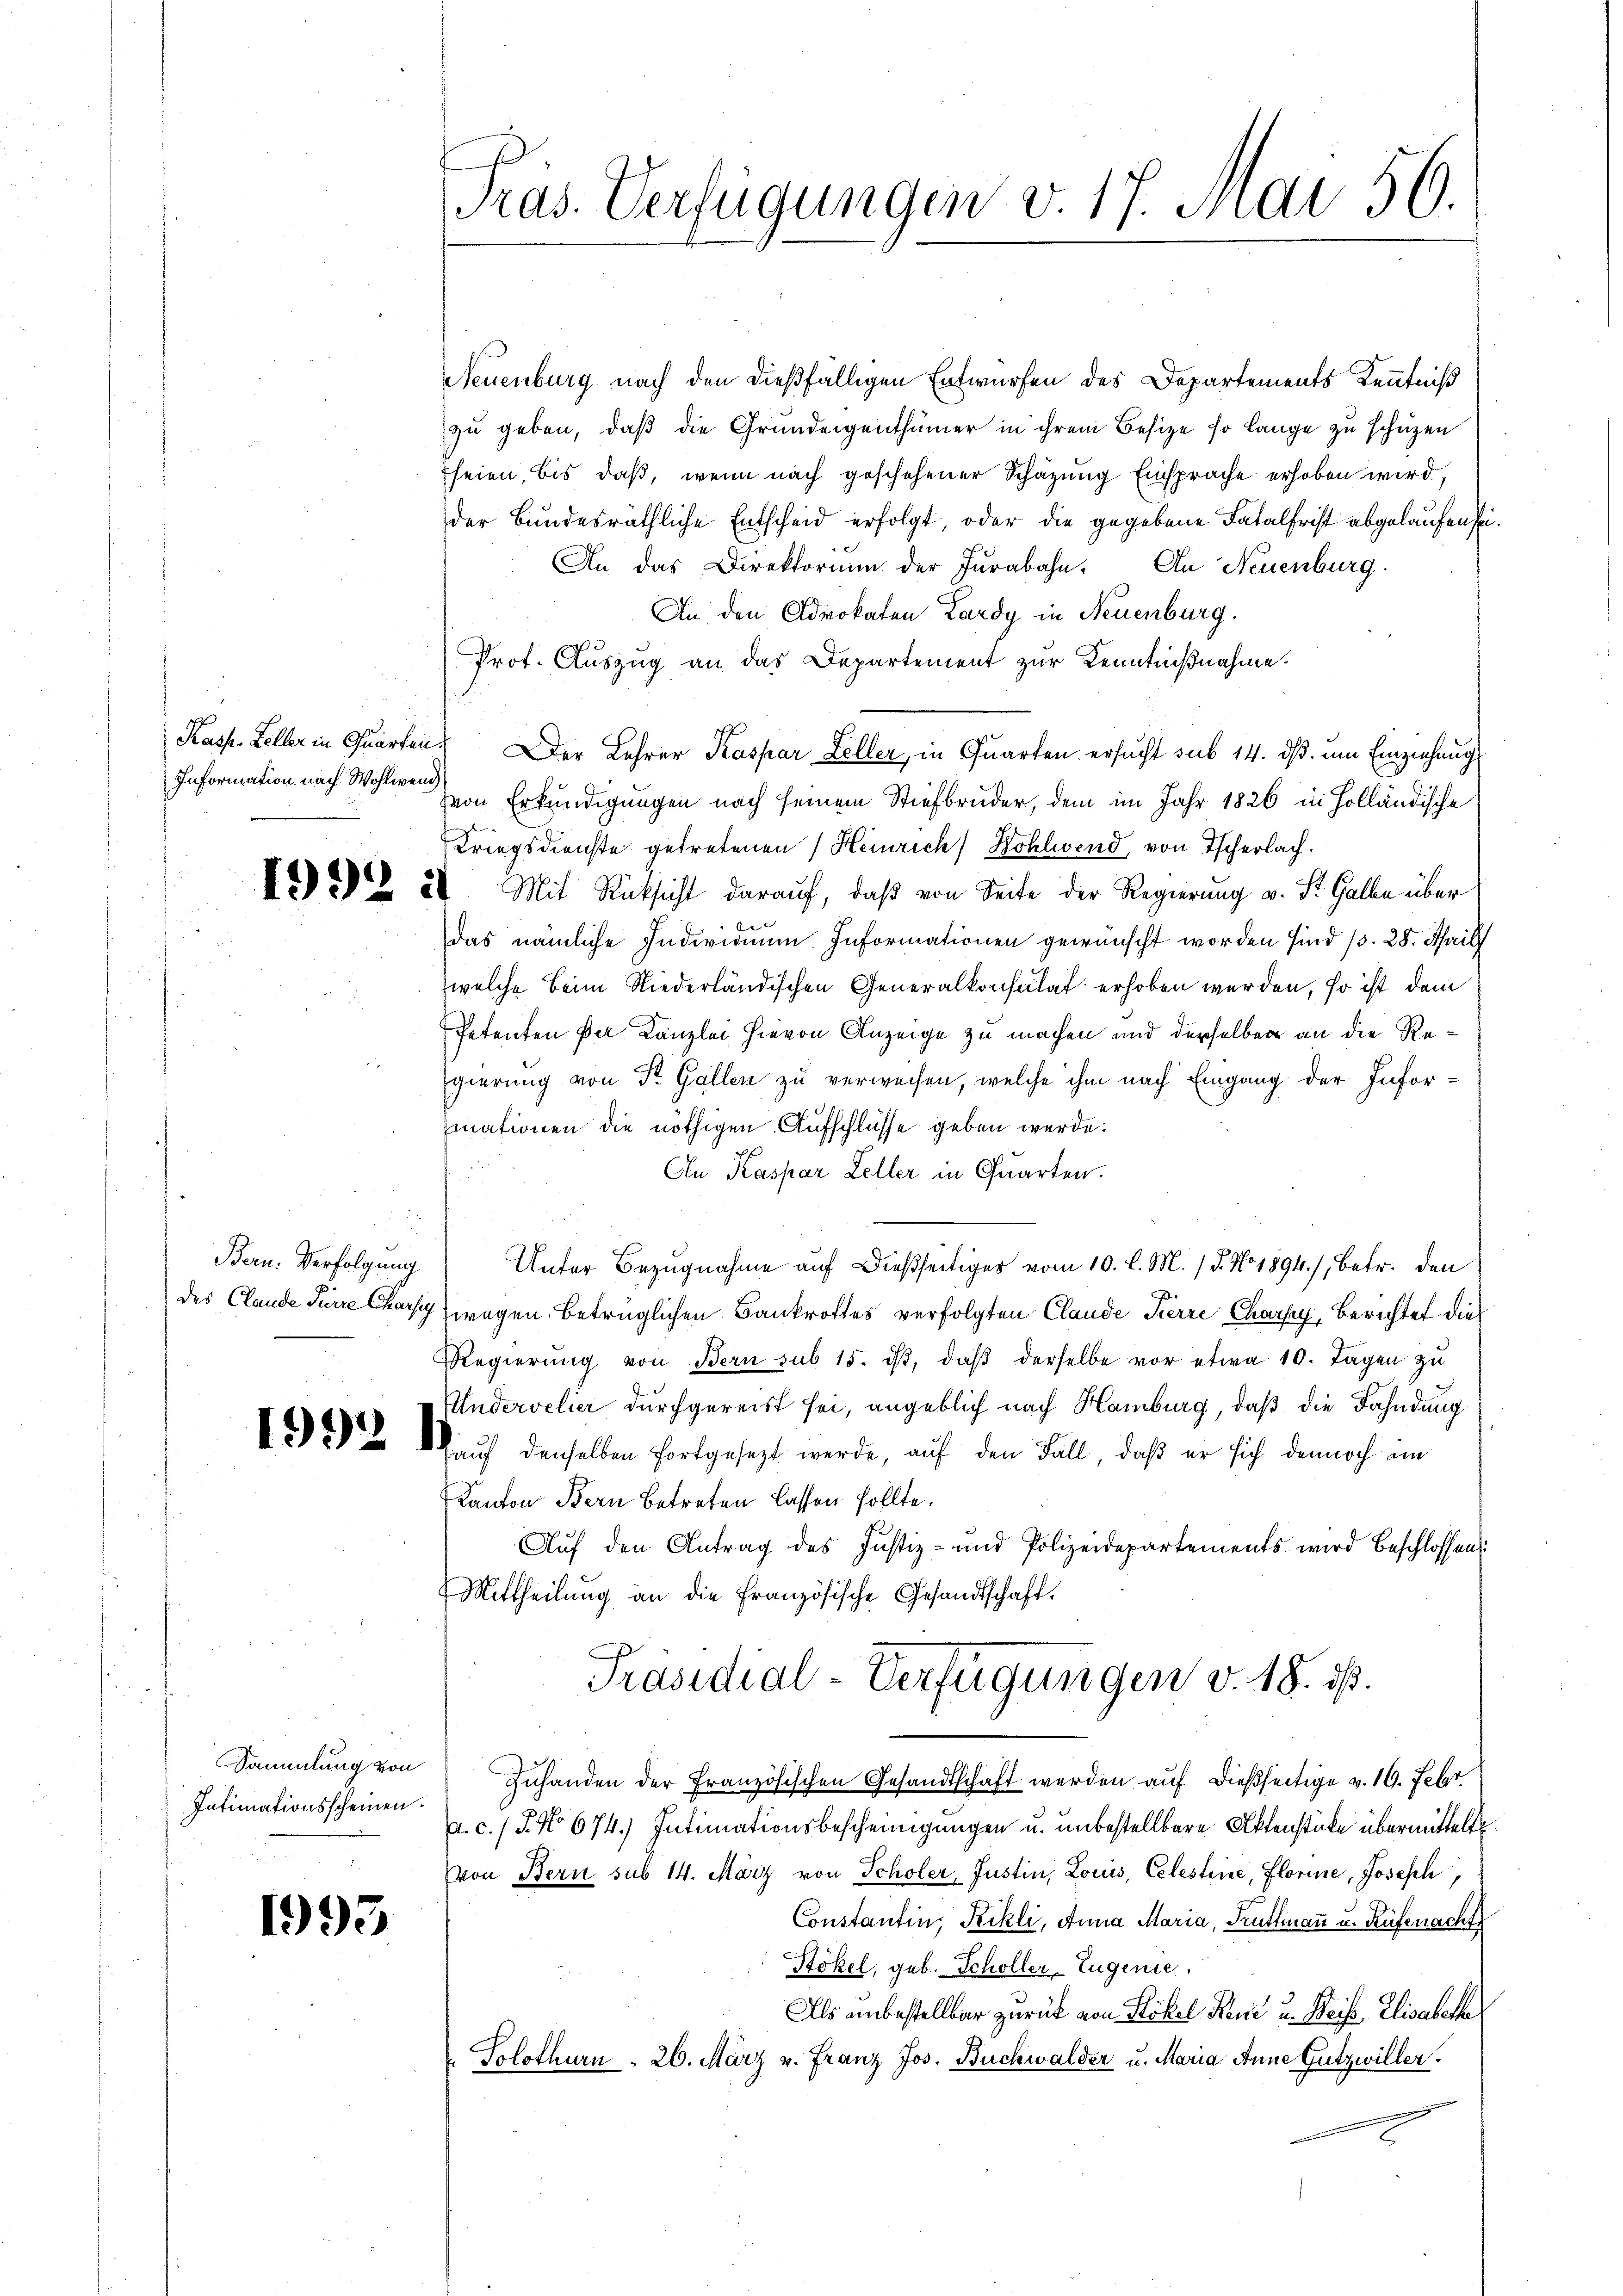
Information nach Wohlwend

Bern. Verfolgung

Sammlung von
Intimationsscheinen.

1993

Pras. Verfügungen v. 17. Mai 50.

Neuenburg nach den dießfälligen Entwürfen des Departements Kenntniß
zu geben, daß die Grundeigenthümer in ihrem Besize so lange zu schüzen
heien, bis daß, wenn nach geschehener Schätzung Einsprache erhoben wird,
der Bundesräthliche Entscheid erfolgt, oder die gegebene Fatalfrist abgelaufen sei
An das Direktorium der Jurabahn. An Neuenburg
An den Advokaten Lardy in Neuenburg.
Prot. Auszug an das Departement zur Kenntnißnahme.
Kasp. Keller in Quarten. Der Lehrer Kaspar Zeller, in Quarten ersucht sub 14. dβ. um Einziehung
von Erkundigungen nach seinem Stiefbruder, dem im Jahr 1826 in Holländische
Kriegsdienste getretenen Heinrich) Kohlend, von Tscherlach.
Z 24 Mit Rücksicht darauf, daß von Seite der Regierung v. St. Galle über
das nämliche Individuum Informationen gewünscht worden sind 1. 28. April
welche Beim Niederländischen Generalkonsulat erhoben werden, so ist dem
Petenten Par Kanzlei hievon Anzeige zu machen und derselben an die Regierung von Sr. Gallen zu verweisen, welche ihm nach Eingang der Informationen die nöthigen Aufschlüsse geben werde.
An Kaspar Zeller in Quarten.
Unter Bezugnahme auf dießseitiges vom 10. l. M. / 5. No 1894), betr. den
des Clande Furre Charg wegen betrüglichen Bankrottes verfolgten Claude Kerre Charfy, Berichtet die
Regierŭng von Bern sub 15. dβ, daβ derselbe vor etwa 10. Tagen zŭ
Undervelier durchgereist sei, angeblich nach Hamburg, daß die Fahndung
) 2 auf denselben fortgesezt werde, auf den Fall, daß er sich dennoch im
Kanton Bern betreten lassen sollte.
Auf den Antrag des Justiz- und Polizeidepartements wird beschlossen
Mittheilŭng an die Französische Gesandtschaft.
Präsidial-Verfügungen v. 18. ds.
Zuhanden der Französischen Gesandtschaft werden auf dießseitige v. 19. Febr
. c. J. No 674.) Intimationsbescheinigungen u. unbestellbare Aktenstücke übermittelt
von Bern sub 14. März von Scholer, Justin, Louis, Celestine, Florine, Joseph,
Constantin, Rikli, Anna Maria, Truttmann u. Rüfenachte
Stökel, geb. Schöller Eugenie.
Als unbestellbar zurück von Flöckel Reni u. Weise, Elisabethe
Solothurn . 26. März v. Franz Jos. Buchwalder u. Maria Anne Gützwiller.